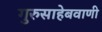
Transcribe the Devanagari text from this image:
गुरुसाहेबवाणी